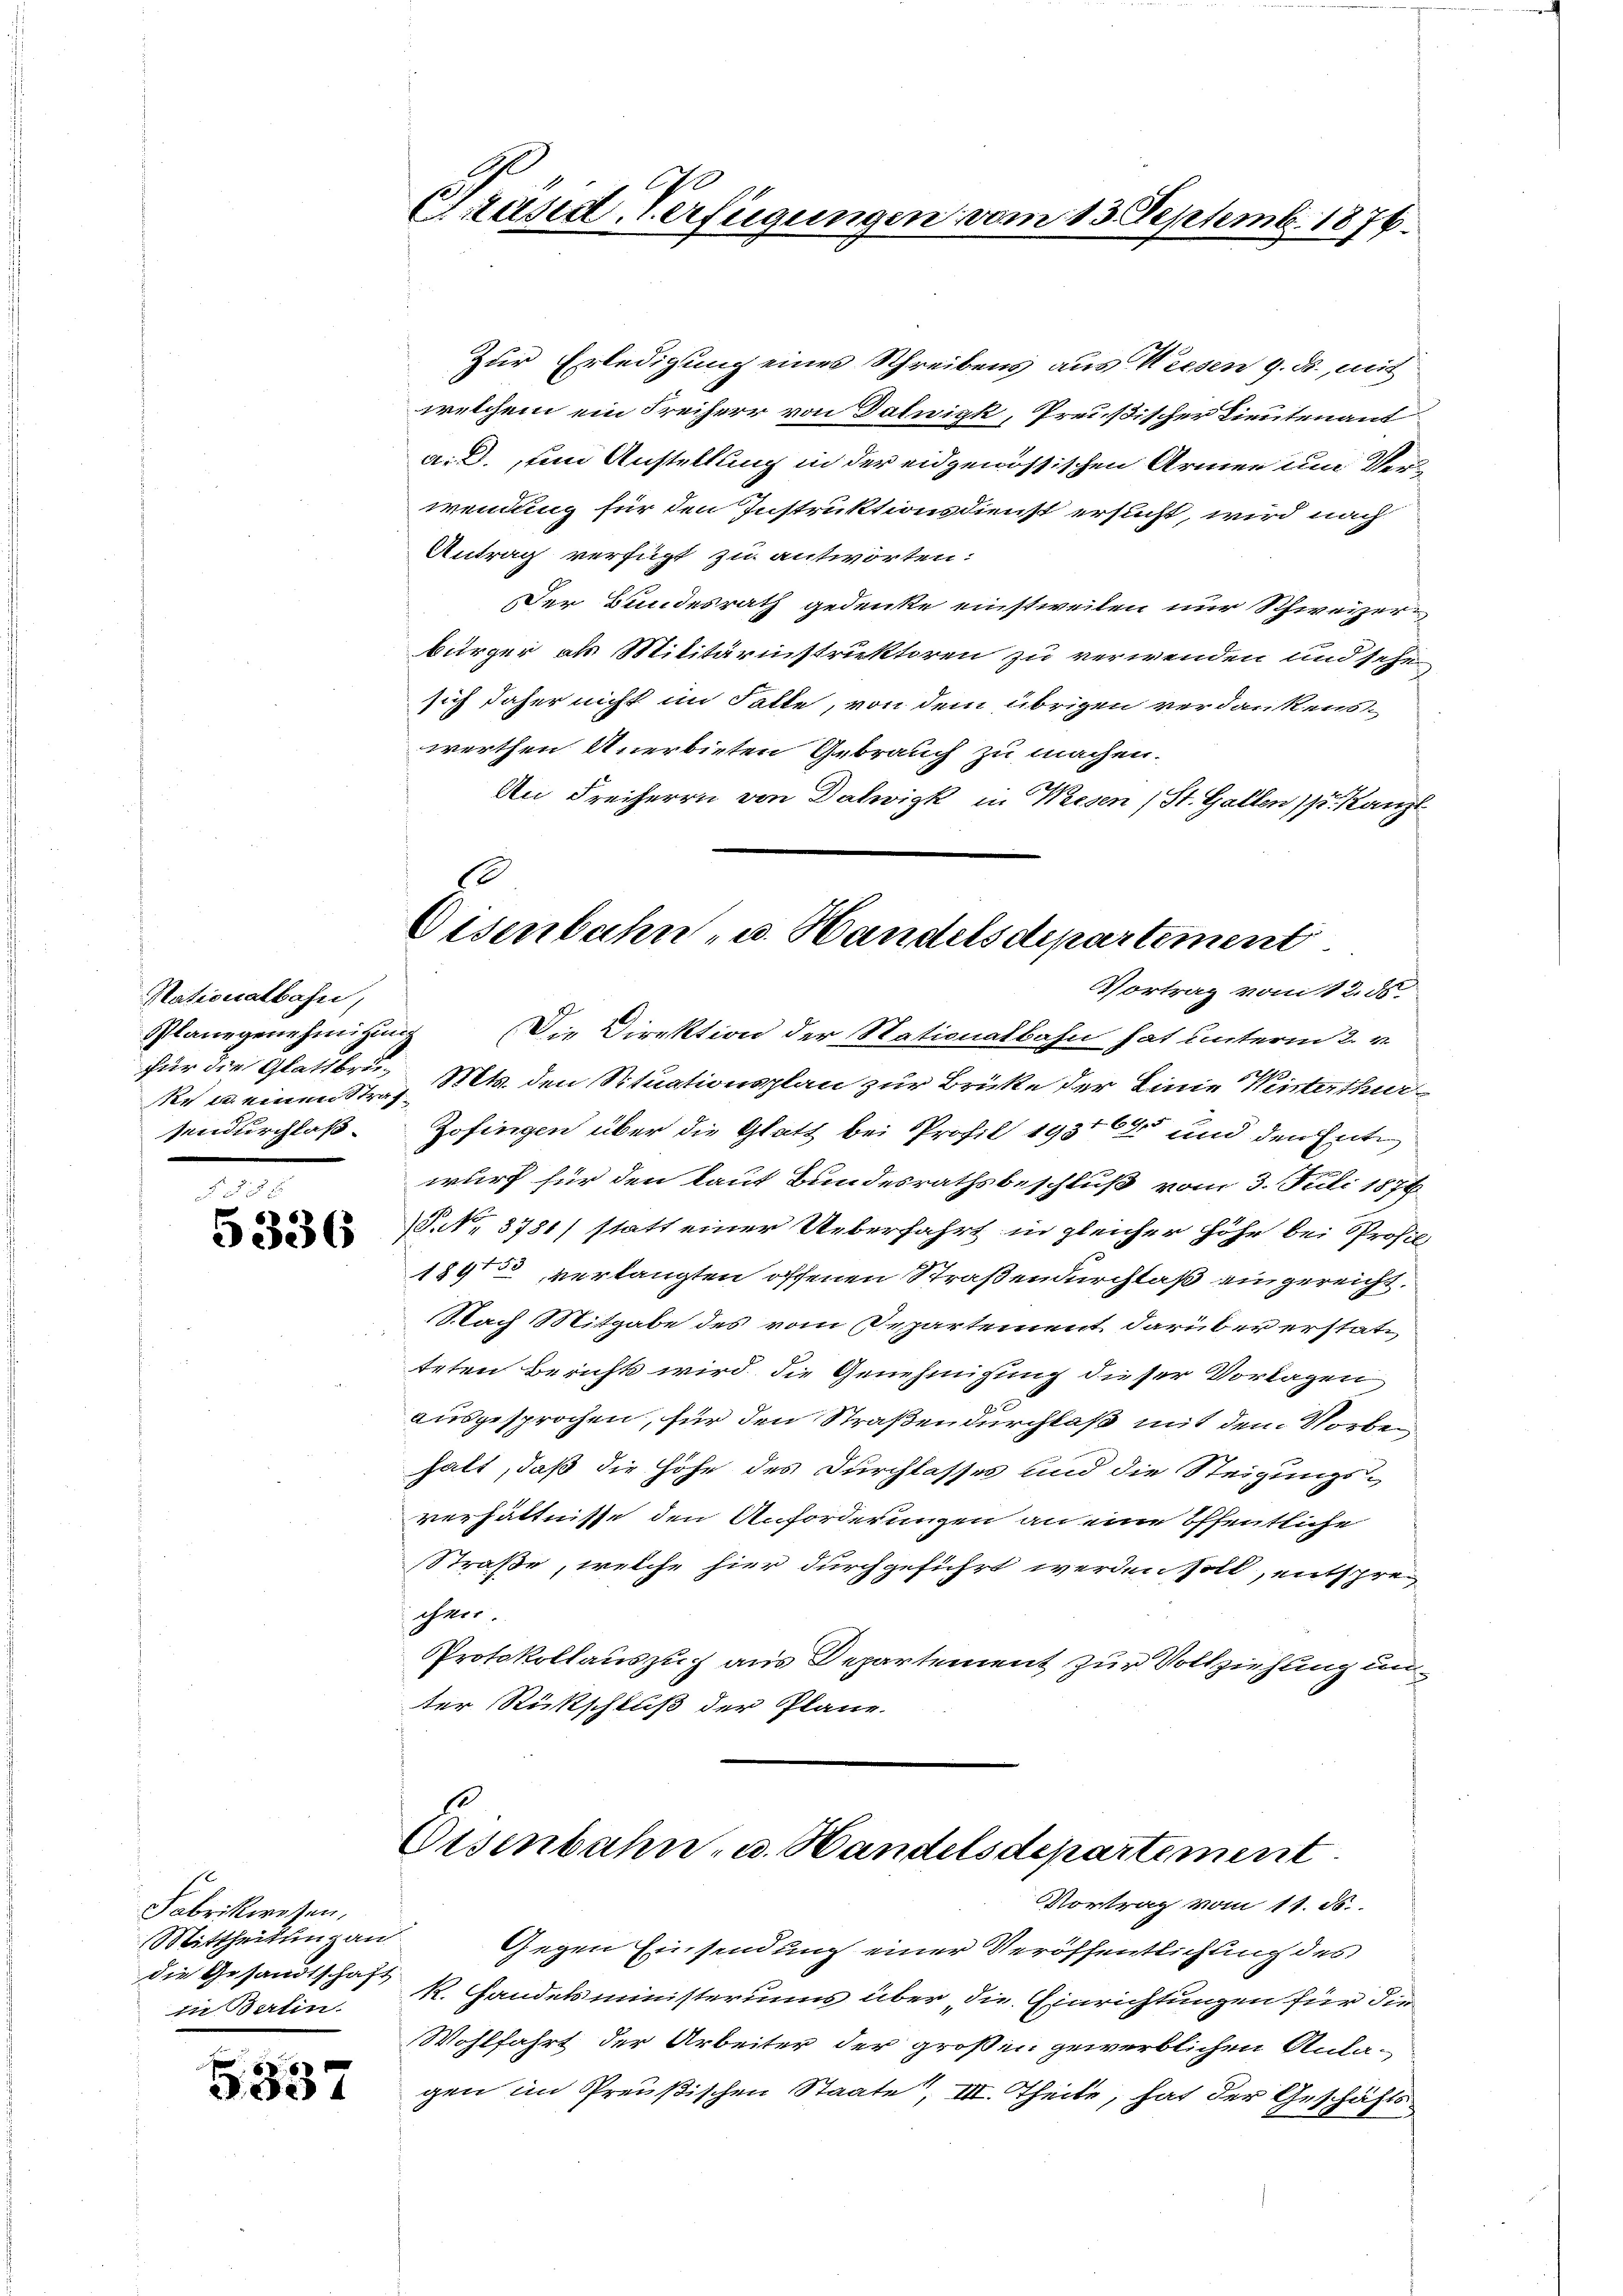
Nationalbahn,
Planegenehmigung
Der u. einen Straf

Fabrikwesen,
Mittheilung an
die Gesandtschaft
in Balin

5337

Präsid. Verfügungen

Zur Erledigung eines Schreibens aus Wiesen 9. ds., mit
welchem ein Freiherr von Dalnizk, Preußischer Lieutenant
a. D. um Anstellung in der eidgenössischen Armen um Verwendung für den Instruktionsdienst ersucht, wird nach
Antrag verfügt zu antworten:
Der Bundesrath gedenke einstweilen nur Schweizer-
bürger als Militärinstruktoren zu verwenden und sehe
sich daher nicht im Falle, von dem übrigen verdankens-
werthen Anerbieten Gebrauch zu machen.
An Freiherrn von Dahvigk in Wiesen ; St. Gallen (s. Kanz
Vortrag vom 12. ds.
Die Direktion der Stationalbahn hat unterm 2. v.
für die Glattbru¬ Mts. den Situationsplan zur Brüke der Linie Winterthur
sendurchloß. Zofingen über die Glatt bei Profil 1931645 und den Entwurf für den laut Bundesrathsbeschluß vom 3. Juli 1876
 P. Nr. 3781/ statt einer Ueberfahrt in gleicher Höhe bei Profes
1891 verlangten offenen Straßendurchlaß eingereicht.
Nach Mitgabe des vom Departement darüber erstattrten Berichts wird die Genehmigung dieser Vorlagen
ausgesprochen, für den Straßendurchlaß mit dem Vorbehalt, daß die Höhe des Durchlasses und die Steigungs-
verhältnisse den Anforderungen an eine öffentliche
Straße, welche hier durchgeführt werden soll, entspre
cher.
Protokollauszug aus Departement zur Vollziehung unter Rückschluß der Plane.

13. Septemb. 1876.

Eisenbahn- u. Handelsdepartement

Disenbahn- u. Handelsdepartement.
Vortrag vom 11. ds.

Gegen Einsendung einer Veröffentlichung des
R. Handelsministeriums über, die Einrichtungen für die
Wohlfahrt der Arbeiter der großen gewerblichen Anla-
gen im Preußischen Staate, III. Theile, hat der Geschäfts¬